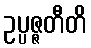
ဥပ္ပဇ္ဇတီတိ